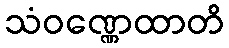
သံဝဏ္ဏေထာတိ